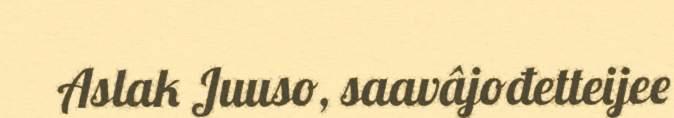
Aslak Juuso, saavâjođetteijee